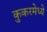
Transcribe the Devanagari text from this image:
कुकरमेध्ये